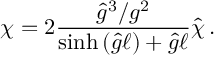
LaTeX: \chi = 2 \frac { { \hat { g } } ^ { 3 } / g ^ { 2 } } { \sinh { \left( { \hat { g } } \ell \right) } + { \hat { g } } \ell } { \hat { \chi } } \, .